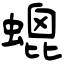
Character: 螕